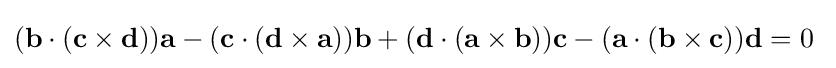
(\mathbf {b} \cdot (\mathbf {c} \times \mathbf {d} ))\mathbf {a} -(\mathbf {c} \cdot (\mathbf {d} \times \mathbf {a} ))\mathbf {b} +(\mathbf {d} \cdot (\mathbf {a} \times \mathbf {b} ))\mathbf {c} -(\mathbf {a} \cdot (\mathbf {b} \times \mathbf {c} ))\mathbf {d} =0\